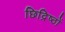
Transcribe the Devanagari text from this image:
छिद्रिष्ठों